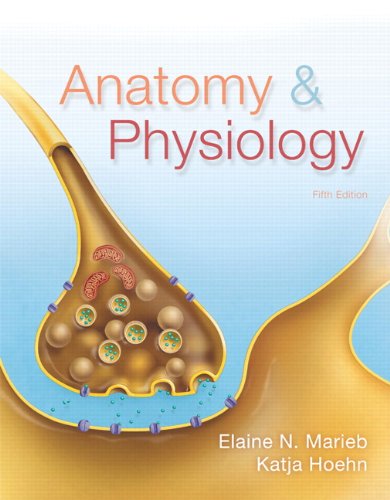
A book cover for Anatomy & Physiology (5th Edition); Elaine N. Marieb; Medical Books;